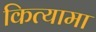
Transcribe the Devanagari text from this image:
कित्यामा